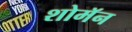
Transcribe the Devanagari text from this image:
शोमॅन